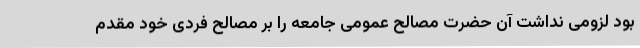
بود لزومی نداشت آن حضرت مصالح عمومی جامعه را بر مصالح فردی خود مقدم